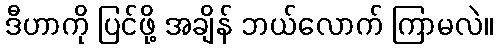
ဒီဟာကို ပြင်ဖို့ အချိန် ဘယ်လောက် ကြာမလဲ။